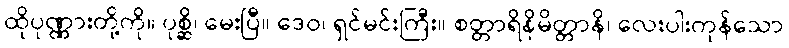
ထိုပုဏ္ဏားတို့ကို။ ပုစ္ဆိ၊ မေးပြီ။ ဒေဝ၊ ရှင်မင်းကြီး။ စတ္တာရိနိမိတ္တာနိ၊ လေးပါးကုန်သော